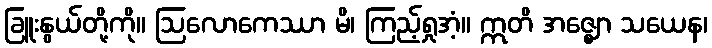
ခြူးနွယ်တို့ကို။ ဩလောကေဿာ မိ၊ ကြည့်ရှုအံ့။ ဣတိ အဇ္ဈော သယေန၊